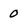
Character: 0